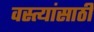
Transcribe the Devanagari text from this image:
वस्त्यांसाठी